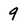
Character: 9